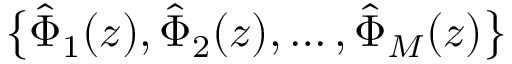
\bigl \{ \hat { \Phi } _ { 1 } ( z ) , \hat { \Phi } _ { 2 } ( z ) , \ldots , \hat { \Phi } _ { M } ( z ) \bigr \}